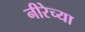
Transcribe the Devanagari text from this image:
नीरेच्या